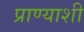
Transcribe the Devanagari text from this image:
प्राण्याशी